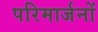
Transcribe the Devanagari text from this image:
परिमार्जनों